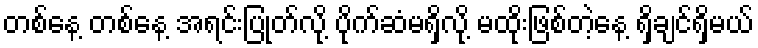
တစ်နေ့ တစ်နေ့ အရင်းပြုတ်လို့ ပိုက်ဆံမရှိလို့ မထိုးဖြစ်တဲ့နေ့ ရှိချင်ရှိမယ်